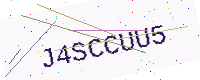
Text: J4SCCUU5